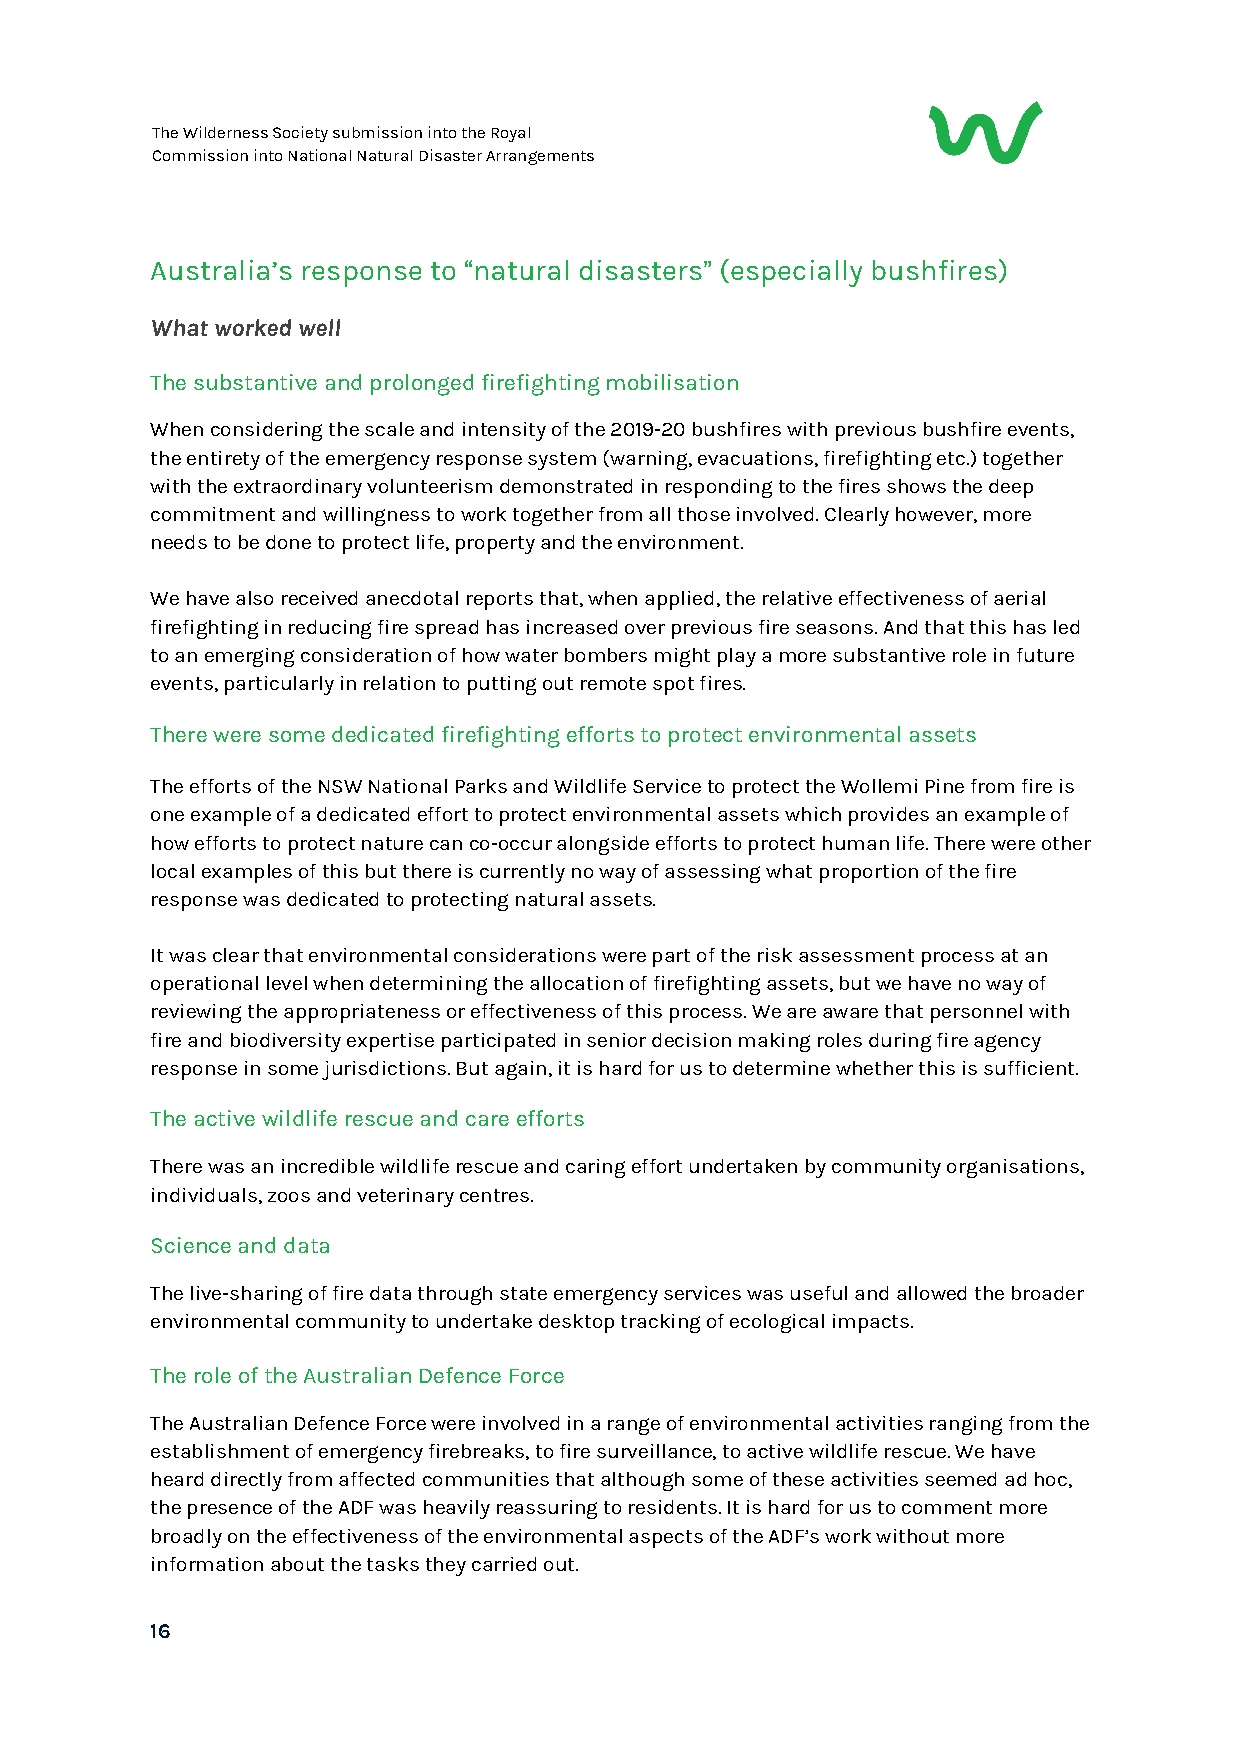
The Wilderness Society submission into the Royal
 Commission into National Natural Disaster Arrangements
 Australia’s response to natural disasters (especially bushfires)
 “               ”
 What worked well
 The substantive and prolonged firefighting mobilisation
 When considering the scale and intensity of the 2019-20 bushfires with previous bushfire events,
 the entirety of the emergency response system (warning, evacuations, firefighting etc.) together
 with the extraordinary volunteerism demonstrated in responding to the fires shows the deep
 commitment and willingness to work together from all those involved. Clearly however, more
 needs to be done to protect life, property and the environment.
 We have also received anecdotal reports that, when applied, the relative effectiveness of aerial
 firefighting in reducing fire spread has increased over previous fire seasons. And that this has led
 to an emerging consideration of how water bombers might play a more substantive role in future
 events, particularly in relation to putting out remote spot fires.
 There were some dedicated firefighting efforts to protect environmental assets
 The efforts of the NSW National Parks and Wildlife Service to protect the Wollemi Pine from fire is
 one example of a dedicated effort to protect environmental assets which provides an example of
 how efforts to protect nature can co-occur alongside efforts to protect human life. There were other
 local examples of this but there is currently no way of assessing what proportion of the fire
 response was dedicated to protecting natural assets.
 It was clear that environmental considerations were part of the risk assessment process at an
 operational level when determining the allocation of firefighting assets, but we have no way of
 reviewing the appropriateness or effectiveness of this process. We are aware that personnel with
 fire and biodiversity expertise participated in senior decision making roles during fire agency
 response in some jurisdictions. But again, it is hard for us to determine whether this is sufficient.
 The active wildlife rescue and care efforts
 There was an incredible wildlife rescue and caring effort undertaken by community organisations,
 individuals, zoos and veterinary centres.
 Science and data
 The live-sharing of fire data through state emergency services was useful and allowed the broader
 environmental community to undertake desktop tracking of ecological impacts.
 The role of the Australian Defence Force
 The Australian Defence Force were involved in a range of environmental activities ranging from the
 establishment of emergency firebreaks, to fire surveillance, to active wildlife rescue. We have
 heard directly from affected communities that although some of these activities seemed ad hoc,
 the presence of the ADF was heavily reassuring to residents. It is hard for us to comment more
 broadly on the effectiveness of the environmental aspects of the ADF’s work without more
 information about the tasks they carried out.
 16